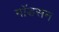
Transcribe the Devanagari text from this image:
गॉडसन